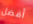
أفضل